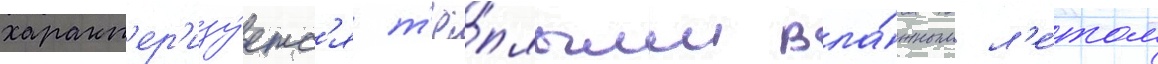
характ'ер'изу́етс'я т'ё́плым вла́жным л'е́том